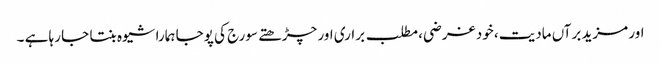
اور مزید برآں مادیت، خود غرضی، مطلب براری اور چڑھتے سورج کی پوجا ہمارا شیوہ بنتا جا رہا ہے ۔